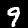
Label: 9